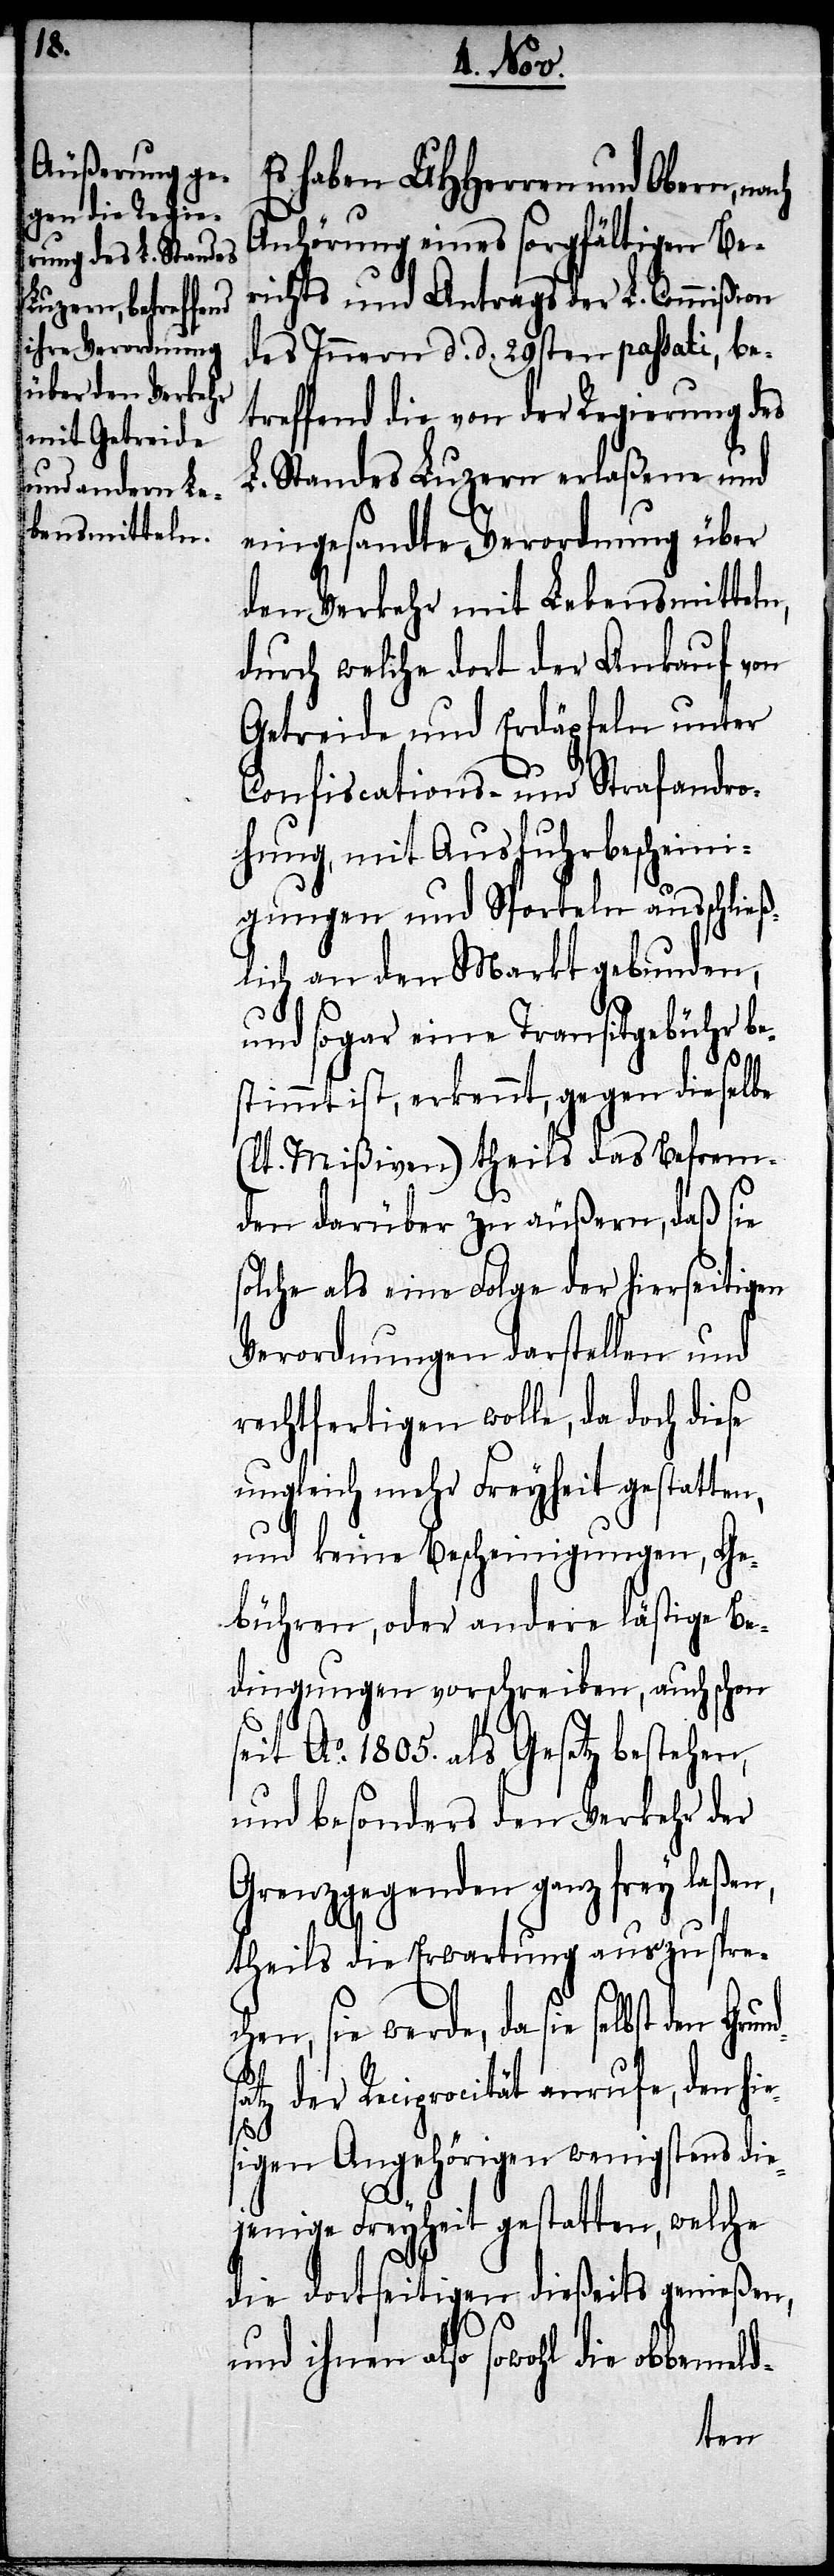
Es haben UHHerren und Obern,
Anhörung eines sorgfältigen Be¬
richts und Antrags der L. Commißion
des Innern d. d. 19sten passati, be¬
treffend die von der Regierung des
L. Standes Luzern erlaßene und
eingesandte Verordnung über
den Verkehr mit Lebensmitteln,
durch welche dort der Ankauf von
Getreide und Erdäpfeln unter
Confiscations- und Strafandro¬
hung, mit Ausfuhrbescheini¬
gungen und Sporteln ausschließ¬
lich an den Markt gebunden,
und sogar eine Transitgebühr be¬
stimmt ist, erkennt, gegen dieselbe
(lt. Mißiven) theils das Befrem¬
den darüber zu äußern, daß sie
solche als eine Folge der hierseitigen
Verordnungen darstellen und
rechtfertigen wolle, da doch diese
ungleich mehr Freyheit gestatten,
und keine Bescheinigungen, Ge¬
bühren, oder andere lästige Be¬
dingungen vorschreiben, auch schon
seit Ao. 1805 als Gesetz bestehen
und besonders den Verkehr der
Grenzgegenden ganz frey laßen,
theils die Erwartung auszusprec¬
hen, sie werde, da sie selbst den
der Reciprocität anrufe, den hie¬
sigen Angehörigen wenigstens di¬
ejenige Freyheit gestatten, welche
die dortseitigen dießeits genießen,
und ihnen also sowohl die obbemel¬
d-